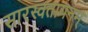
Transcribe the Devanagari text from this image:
सारस्वतायनम्